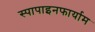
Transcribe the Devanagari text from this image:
स्पापाइनफार्याम